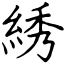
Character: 綉